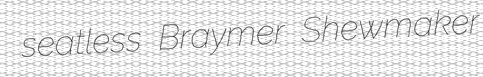
seatless Braymer Shewmaker